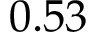
0 . 5 3